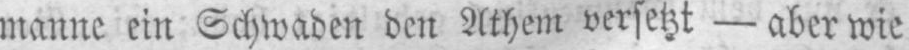
manne ein Schwaden den Athem versetzt - aber wie